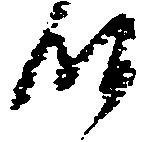
時